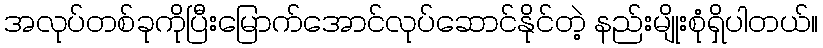
အလုပ်တစ်ခုကိုပြီးမြောက်အောင်လုပ်ဆောင်နိုင်တဲ့ နည်းမျိုးစုံရှိပါတယ်။